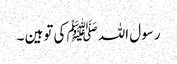
رسول اللہ ﷺ کی توہین ۔